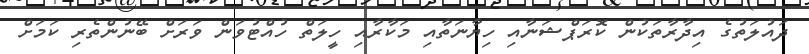
ދައުލަތުގެ އިދާރާތަކުން ކޮރަޕްޝަނާއި ހިޔާނަތާއި މަކާރާއި ހީލަތް ހުއްޓުވަން ވަރަށް ބޭނުންތެރި ކަމަށް